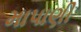
માપાણી